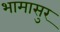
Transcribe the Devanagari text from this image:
भामासुर